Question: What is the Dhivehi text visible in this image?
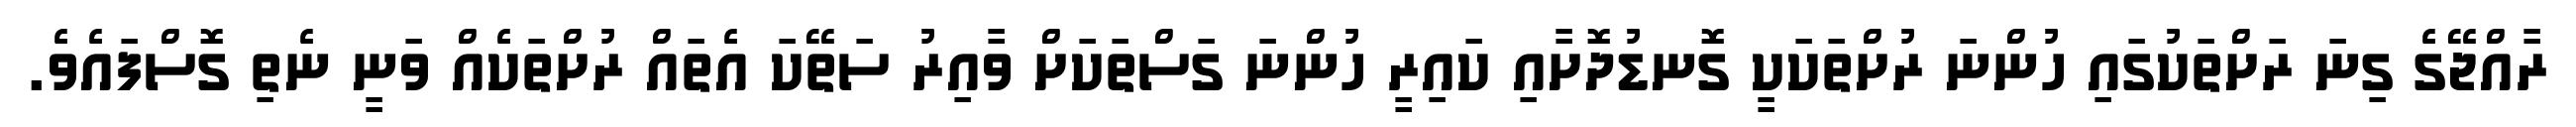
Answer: ރާއްޖޭގެ ގިނަ ރަށްތަކުގައި ހުންނަ ރުށްތަކަކީ ގޮނޑުދޮށާއި ކައިރީ ހުންނަ ގަސްތަކަށް ވާއިރު ސަތޭކަ އެތައް ރުށްތަކެއް ވަނީ ނެތި ގޮސްފައެވެ.